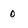
Character: 0